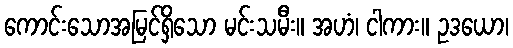
ကောင်းသောအမြင်ရှိသော မင်းသမီး။ အဟံ၊ ငါကား။ ဥဒယော၊